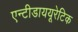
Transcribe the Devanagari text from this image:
एन्टीडाययूरेटिक